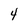
Character: 4